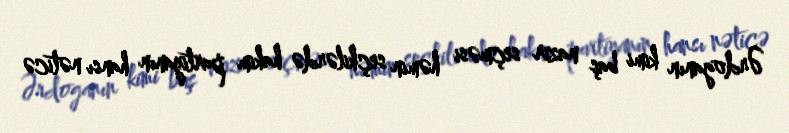
Ərdoganın kimi baş nazir seçməsi həmin seçkilərdə hakim partiyanın hansı nəticə